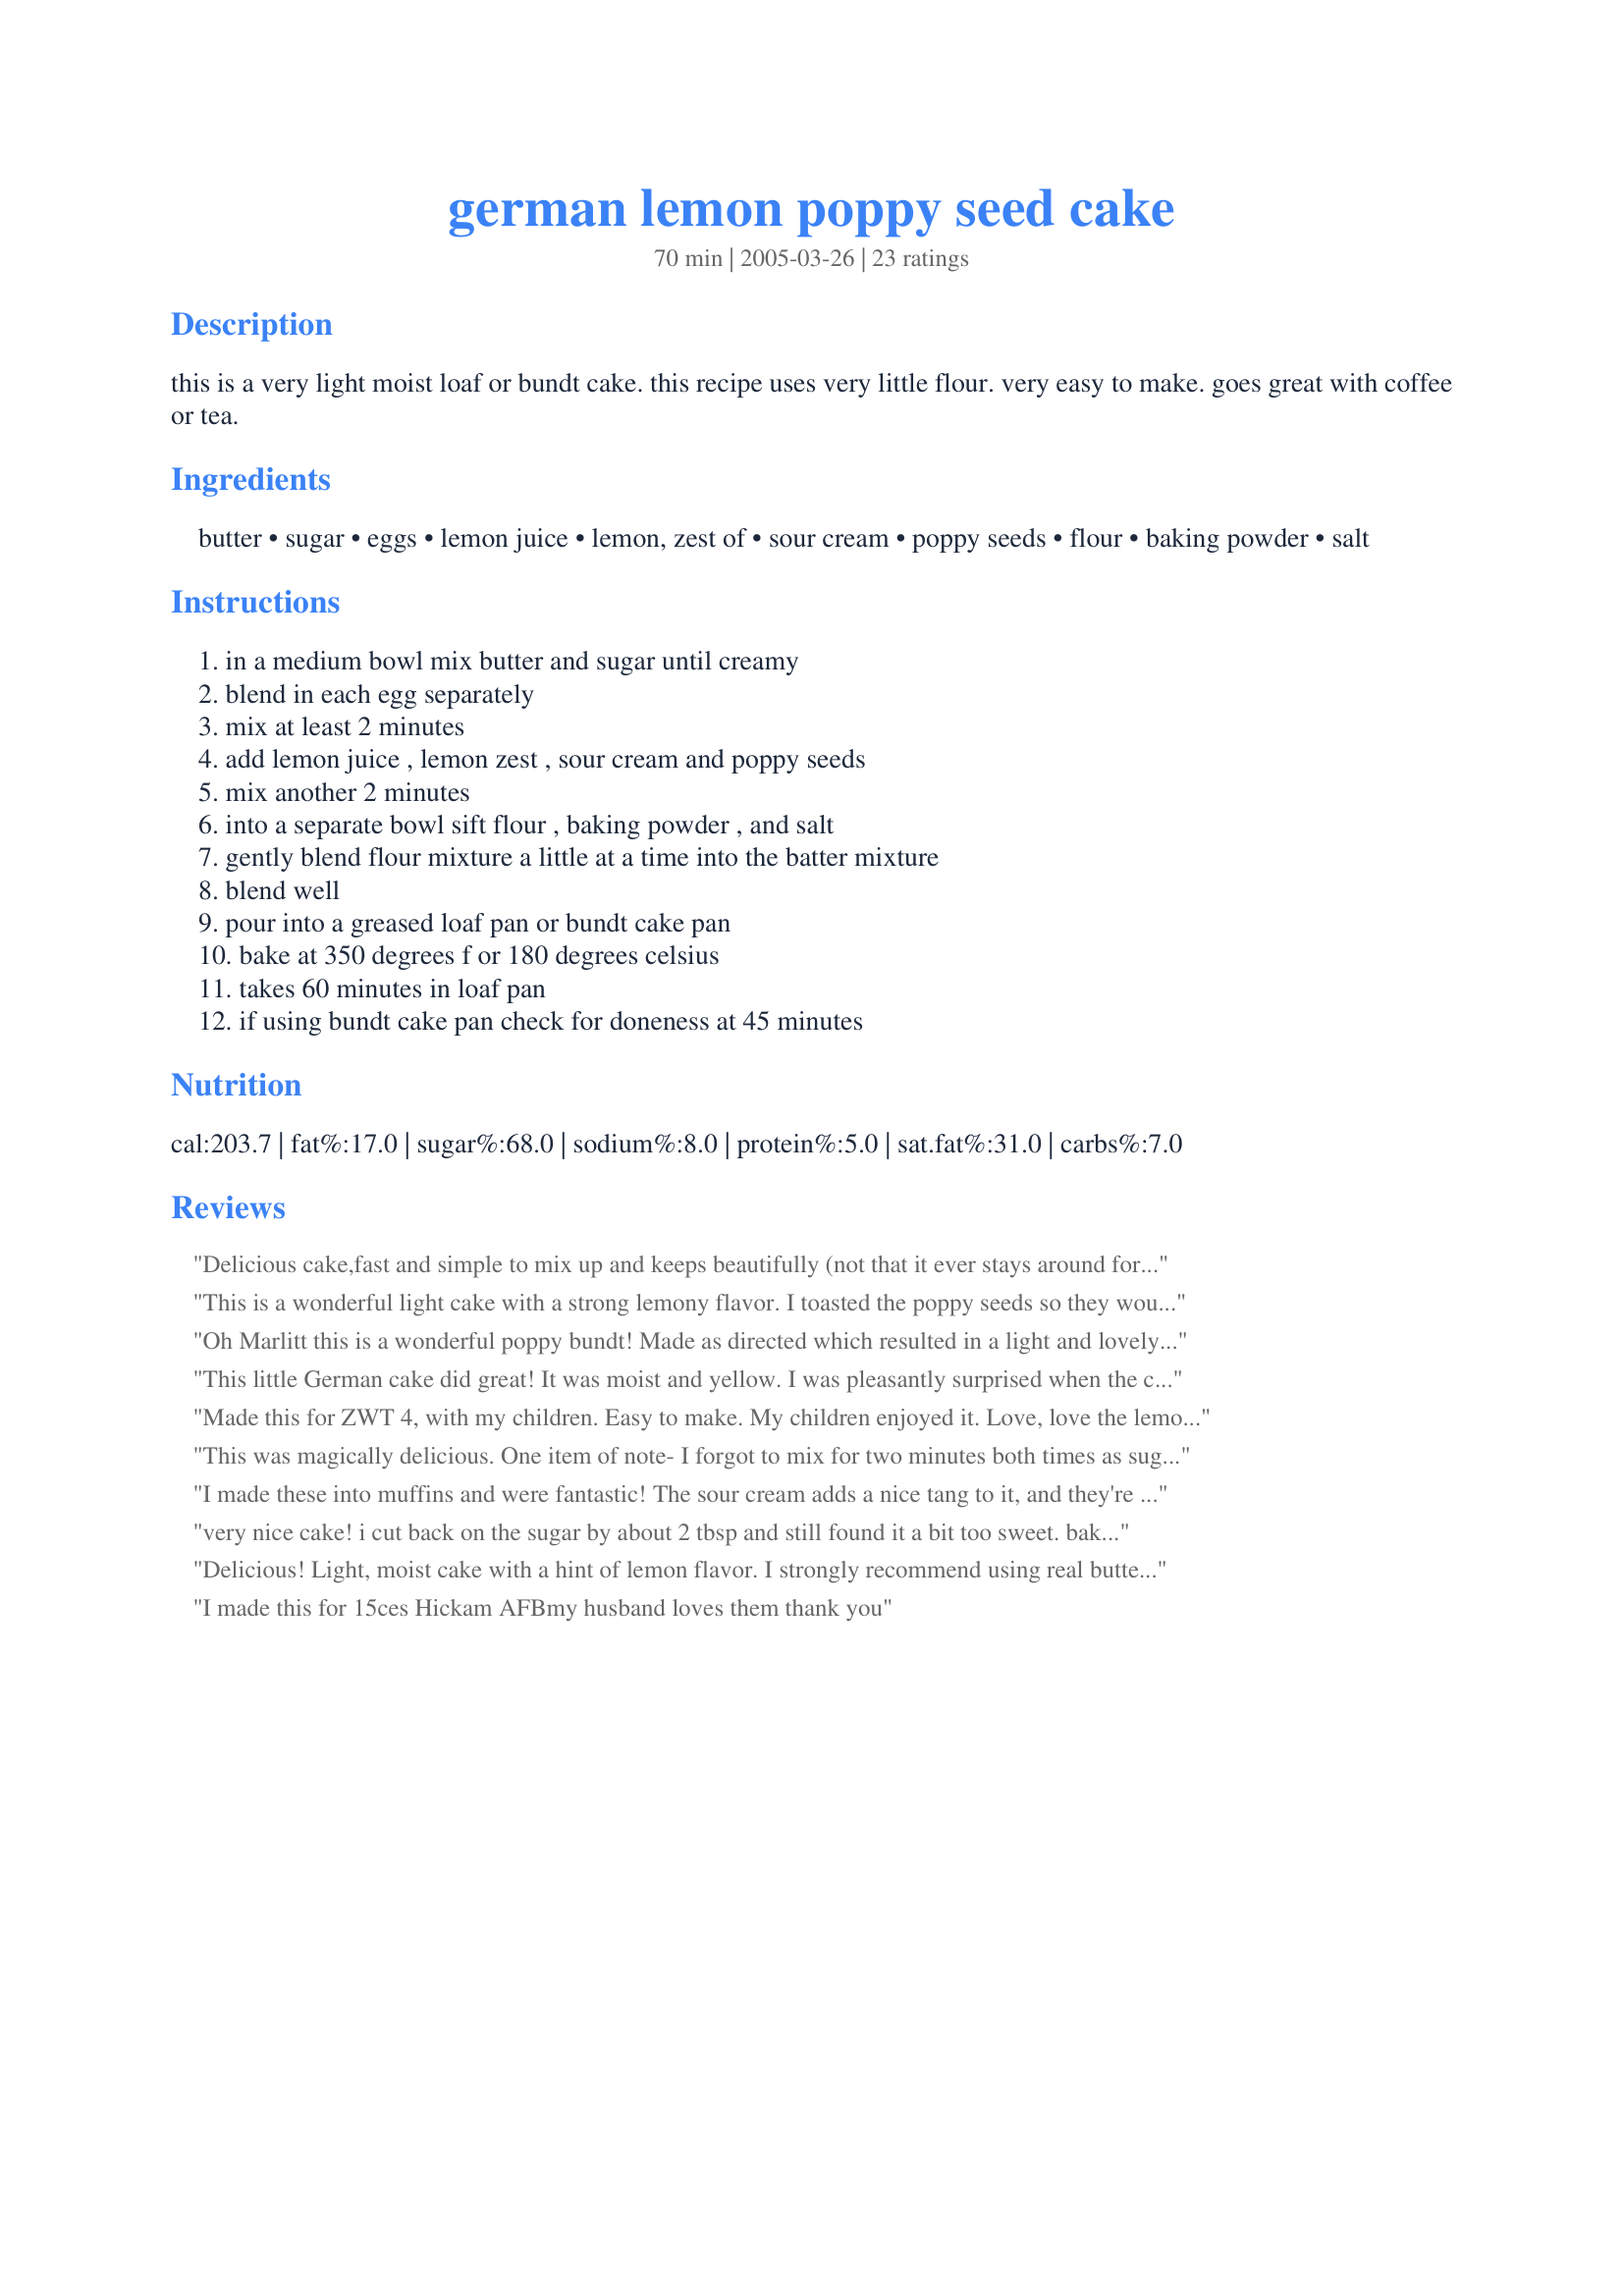
german lemon poppy seed cake
Preparation time: 70 minutes

this is a very light moist loaf or bundt cake. this recipe uses very little flour. very easy to make. goes great with coffee or tea.

Ingredients:
butter, sugar, eggs, lemon juice, lemon, zest of, sour cream, poppy seeds, flour, baking powder, salt

Steps:
in a medium bowl mix butter and sugar until creamy, blend in each egg separately, mix at least 2 minutes, add lemon juice , lemon zest , sour cream and poppy seeds, mix another 2 minutes, into a separate bowl sift flour , baking powder , and salt, gently blend flour mixture a little at a time into the batter mixture, blend well, pour into a greased loaf pan or bundt cake pan, bake at 350 degrees f or 180 degrees celsius, takes 60 minutes in loaf pan, if using bundt cake pan check for doneness at 45 minutes

Reviews:
Delicious cake,fast and simple to mix up and keeps beautifully (not that it ever stays around for very long!)
This is a wonderful light cake with a strong lemony flavor. I toasted the poppy seeds so they would taste a bit nutty. Other than that I made exactly as directed and it made a small bundt cake. Very moist and like the author suggested, very nice with a cup of hot coffee or tea. Thanks for posting, Marlitt!
Oh Marlitt this is a wonderful poppy bundt! Made as directed which resulted in a light and lovely cake which everyone agreed was a keeper. I know some summer guests that are going to be absolutely delighted with this delicious and great tasting poppy cake. Thank you for sharing.
This little German cake did great! It was moist and yellow. I was pleasantly surprised when the cake turned out as golden brown and lemon-y as I would like.
 At first I was unsure about baking with poppy seeds. However, after soaking only two tablespoons of them in milk for half an hour before adding them into the batter, the seeds did just fine.

**I recommend doubling or tripling the recipe if looking to feed several.**
Made this for ZWT 4, with my children. Easy to make. My children enjoyed it. Love, love the lemon flavor. 

The Mamma Mias
This was magically delicious. One item of note- I forgot to mix for two minutes both times as suggested, and my loaf came out a little flat. Still moist and tasty, but not as tall as I'd hoped. Next time I'll follow the directions exactly and see where that gets me.
I made these into muffins and were fantastic! The sour cream adds a nice tang to it, and they're very moist. I added a little more lemon juice because DH and I like a more lemony flavour. Thank you for sharing your recipe!
very nice cake! i cut back on the sugar by about 2 tbsp and still found it a bit too sweet. baked for 50 minutes in my loaf pan
Delicious! Light, moist cake with a hint of lemon flavor. I strongly recommend using real butter. I made this twice, once with margarine & once with butter; the time I used margarine, the middle of the cake fell & ended up a bit gooey. I used a loaf pan & it was done cooking in 45 minutes.
I made this for 15ces Hickam AFBmy husband loves them thank you
Did not work for me. Didn't rise much at all.
WOW is this great! My family loves it and it helped use up some sour cream I had on hand. Moist, delicious and even better the next day. I do have to double the recipe in order to fill my bundt pan but that's ok
Lovely cake. The children and I made this yesterday afernoon and enjoyed some for breakfast this morning. Bright, fresh lemony flavour can't be beat. Love the peppery-crunchy poppy seeds.
We halved the recipe and got 6 cupcakes which took about 30 minutes to bake. These are such light muffins, easy to make, great lemon flavor, and very flavorful. Thanks for posting. :)
Great recipe! I made it a few times already everyone that tried it loves it! I did added some crushed nuts to the mix the cake came out great! Thank You!
After reading the reviews, I decided that the recipe needed adjusting to make a larger cake, since I wanted a nice bundt cake. I increased the recipe by making it 1/2 again what the recipe listed. In other words 1 +1/2. The recipe whipped up nicely just fitting nicely into my bundt pan. I baked it for 50 minutes and it came out perfect. It really does have a nice lemony flavor. I am sure it is going to go over well at the picnic I am taking it to today. Thank you for a nice recipe.

Irene
Delicious! Low Carb, moist, very rich and buttery. My husband and I love it, it is added to our favorate. I used yogurt instead of the sour cream. I was a little concerned as the batter was very wet, but it turned out to be great.
I must be weird, but this flopped for me. Nothing but a buttery, somewhat lemony mass of way too many poppy seeds.
This is a very moist cake and it has a delightful lemon taste! I put the batter into a pan that had 6 small fancy cake molds. Then I baked it for 35 minutes and they came out perfect. I made this for the *German and Benelux Forum ~ The European Union* challenge in *Zaar WorldTour 4* 2008 Germany was my country of choice. My team is the *Tastebud Tickling Travelers*
Made this for ZWT4 Kid's Challenge. It was a wonderful cake - very lemony and moist! Yum! Thank you for posting this!
This was really delicious. Thankyou!
Great tasting, loved it! Very dense, which I also like. My cake did not rise much at all, but still very good. I used nonfat greek yogurt instead of sour cream and also reduced the sugar a little.<br/><br/>I put a glaze on top (mix powder sugar and lemon juice) and that made it extra lemon delicious!!!
This was absolutely delicious. I did, however add dried cranberries, and it was so tasty. Thanks for taking the time to post this recipe.
